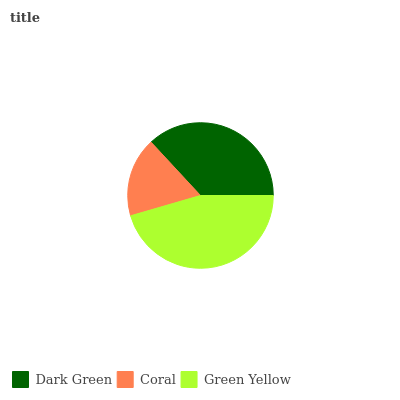
| Dark Green | Coral | Green Yellow |
 | --- | --- | --- |
 | 36.9% | 17.6% | 45.5% |